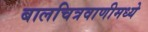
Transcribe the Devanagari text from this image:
बालचित्रवाणीमध्ये